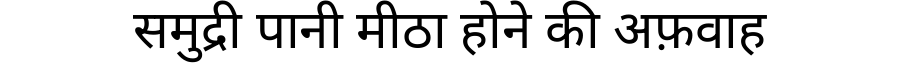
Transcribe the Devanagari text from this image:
समुद्री पानी मीठा होने की अफ़वाह